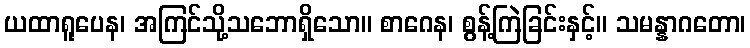
ယထာရူပေန၊ အကြင်သို့သဘောရှိသော။ စာဂေန၊ စွန့်ကြဲခြင်းနှင့်။ သမန္နာဂတော၊